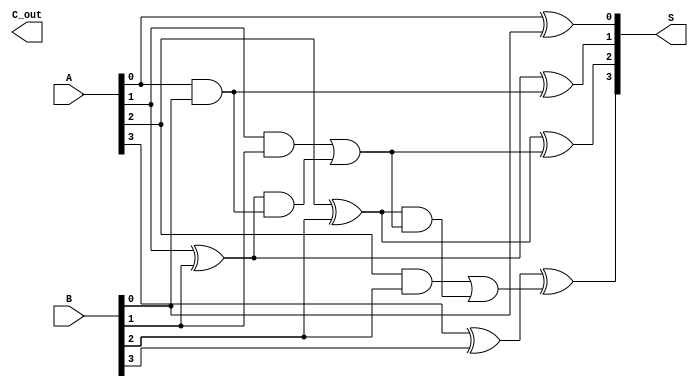
module ParallelPrefixAdder #(parameter N = 4) (
    input  [N-1:0] A,      // First operand
    input  [N-1:0] B,      // Second operand
    output [N-1:0] S,      // Sum output
    output        C_out     // Carry out
);

    // Generate and Propagate signals
    wire [N-1:0] G; // Generate signals
    wire [N-1:0] P; // Propagate signals
    wire [N:0] C;    // Carry signals

    // Generate and Propagate calculations
    genvar i;
    generate
        for (i = 0; i < N; i = i + 1) begin: gp
            assign G[i] = A[i] & B[i];       // Generate
            assign P[i] = A[i] ^ B[i];       // Propagate
        end
    endgenerate

    // Carry calculations using Kogge-Stone prefix network
    assign C[0] = 1'b0; // Initial carry-in is 0

    generate
        for (i = 0; i < N-1; i = i + 1) begin: carry_level_1
            assign C[i+1] = G[i] | (P[i] & C[i]);
        end
    endgenerate

    // Sum calculation
    generate
        for (i = 0; i < N; i = i + 1) begin: sum_calculation
            assign S[i] = P[i] ^ C[i]; // Sum bits
        end
    endgenerate

    // Final carry-out
    assign C_out = C[N];

endmodule